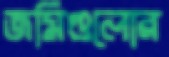
জমিগুলোর